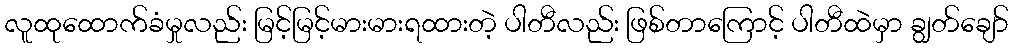
လူထုထောက်ခံမှုလည်း မြင့်မြင့်မားမားရထားတဲ့ ပါတီလည်း ဖြစ်တာကြောင့် ပါတီထဲမှာ ချွတ်ချော်